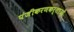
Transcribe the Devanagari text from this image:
पंजीकरणकर्ताओं